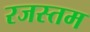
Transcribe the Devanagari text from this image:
रजस्तम